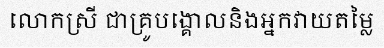
លោកស្រី ជាគ្រូបង្គោលនិងអ្នកវាយតម្លៃ